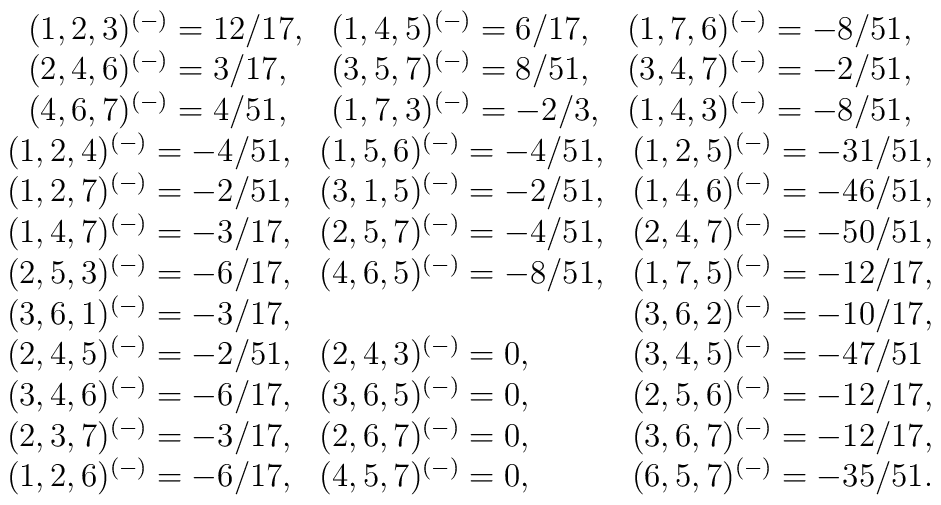
\begin{array}{c}\begin{array}{lll}(1,2,3)^{(-)}=12/17, & (1,4,5)^{(-)}=6/17, & (1,7,6)^{(-)}=-8/51, \\ (2,4,6)^{(-)}=3/17, & (3,5,7)^{(-)}=8/51, & (3,4,7)^{(-)}=-2/51, \\ (4,6,7)^{(-)}=4/51, & (1,7,3)^{(-)}=-2/3, & (1,4,3)^{(-)}=-8/51,\end{array}\\ \begin{array}{lll}(1,2,4)^{(-)}=-4/51, & (1,5,6)^{(-)}=-4/51, & (1,2,5)^{(-)}=-31/51, \\ (1,2,7)^{(-)}=-2/51, & (3,1,5)^{(-)}=-2/51, & (1,4,6)^{(-)}=-46/51, \\ (1,4,7)^{(-)}=-3/17, & (2,5,7)^{(-)}=-4/51, & (2,4,7)^{(-)}=-50/51, \\ (2,5,3)^{(-)}=-6/17, & (4,6,5)^{(-)}=-8/51, & (1,7,5)^{(-)}=-12/17, \\ (3,6,1)^{(-)}=-3/17, &  & (3,6,2)^{(-)}=-10/17, \\ (2,4,5)^{(-)}=-2/51, & (2,4,3)^{(-)}=0, & (3,4,5)^{(-)}=-47/51 \\ (3,4,6)^{(-)}=-6/17, & (3,6,5)^{(-)}=0, & (2,5,6)^{(-)}=-12/17, \\ (2,3,7)^{(-)}=-3/17, & (2,6,7)^{(-)}=0, & (3,6,7)^{(-)}=-12/17, \\ (1,2,6)^{(-)}=-6/17, & (4,5,7)^{(-)}=0, & (6,5,7)^{(-)}=-35/51.\end{array}\end{array}